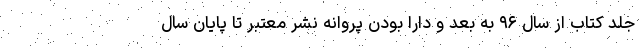
جلد کتاب از سال ۹۶ به بعد و دارا بودن پروانه نشر معتبر تا پایان سال